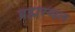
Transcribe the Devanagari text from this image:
ब्रह्मस्थल